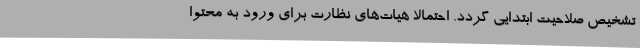
تشخیص صلاحیت ابتدایی گردد. احتمالا هیات‌های نظارت برای ورود به محتوا